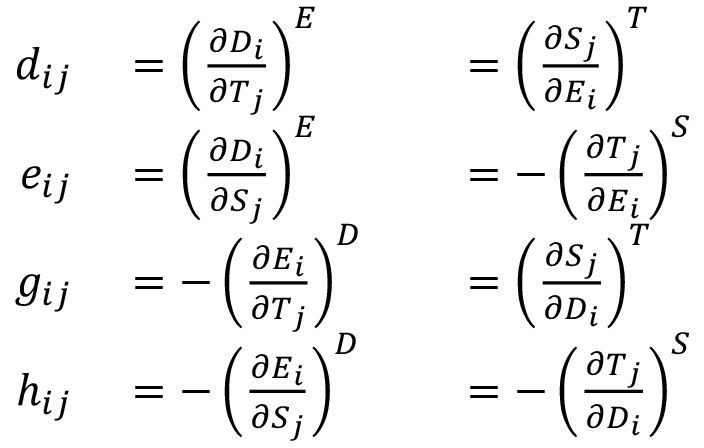
\begin{array} { r l r l } { d _ { i j } } & { { } = \left( { \frac { \partial D _ { i } } { \partial T _ { j } } } \right) ^ { E } } & { } & { { } = \left( { \frac { \partial S _ { j } } { \partial E _ { i } } } \right) ^ { T } } \\ { e _ { i j } } & { { } = \left( { \frac { \partial D _ { i } } { \partial S _ { j } } } \right) ^ { E } } & { } & { { } = - \left( { \frac { \partial T _ { j } } { \partial E _ { i } } } \right) ^ { S } } \\ { g _ { i j } } & { { } = - \left( { \frac { \partial E _ { i } } { \partial T _ { j } } } \right) ^ { D } } & { } & { { } = \left( { \frac { \partial S _ { j } } { \partial D _ { i } } } \right) ^ { T } } \\ { h _ { i j } } & { { } = - \left( { \frac { \partial E _ { i } } { \partial S _ { j } } } \right) ^ { D } } & { } & { { } = - \left( { \frac { \partial T _ { j } } { \partial D _ { i } } } \right) ^ { S } } \end{array}